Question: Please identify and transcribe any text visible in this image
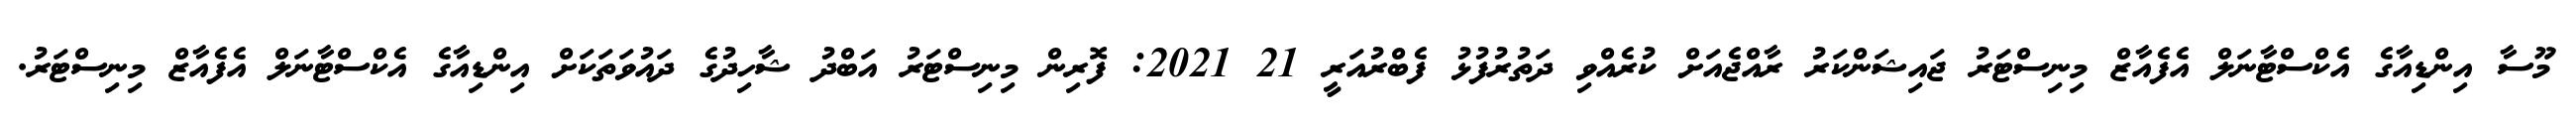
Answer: މޫސާ އިންޑިއާގެ އެކްސްޓާނަލް އެފެއާޒް މިނިސްޓަރު ޖައިޝަންކަރު ރާއްޖެއަށް ކުރެއްވި ދަތުރުފުޅު ފެބްރުއަރީ 21 2021: ފޮރިން މިނިސްޓަރު އަބްދު ޝާހިދުގެ ދައުވަތަކަށް އިންޑިއާގެ އެކްސްޓާނަލް އެފެއާޒް މިނިސްޓަރު.